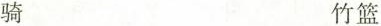
骑 竹篮